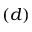
( d )